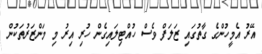
އޭރު އެމީހުންގެ ގާތުގައި ޒަލަފް ވެސް ހުއްޓިލައިގެން ހުރި އިރު މި މަންޒަރުތަކުން